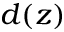
d ( z )